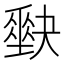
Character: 𡚆